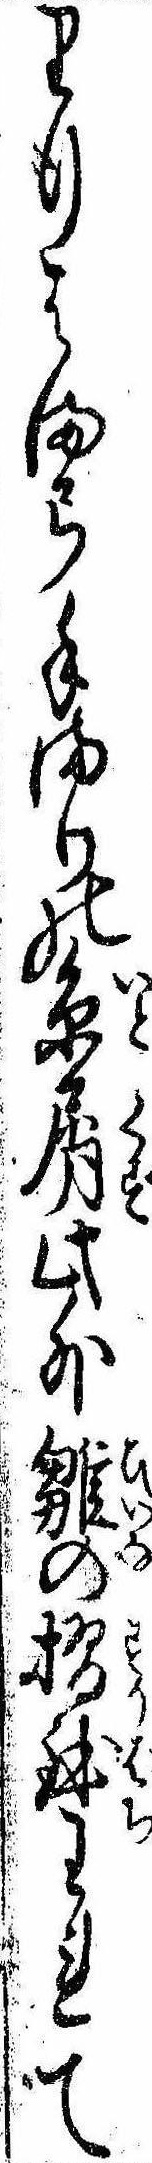
り行はま弓手まりの糸屑此外雛の摺鉢われて